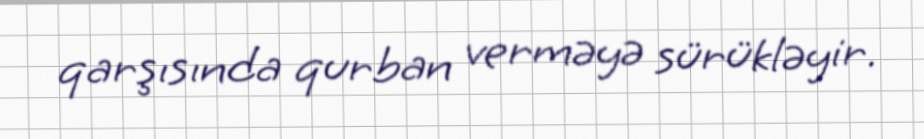
qarşısında qurban verməyə sürükləyir.